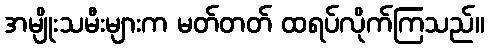
အမျိုးသမီးများက မတ်တတ် ထရပ်လိုက်ကြသည်။